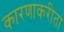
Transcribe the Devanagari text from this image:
कारणाकरीता